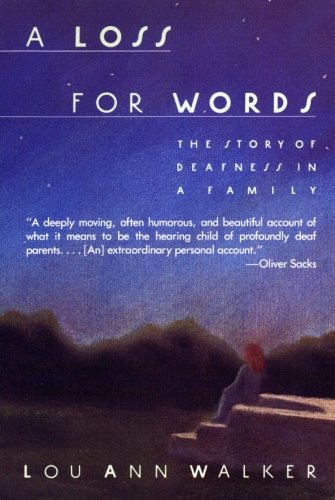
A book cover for A Loss for Words: The Story of Deafness in a Family; Lou Ann Walker; Biographies & Memoirs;